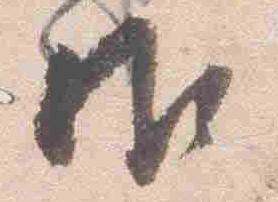
御